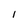
Character: I